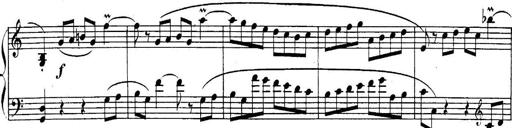
Title: Sonatina for Piano
Composer: BÃ©la BartÃ³k